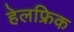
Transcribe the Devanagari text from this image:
हेलफ्रिक